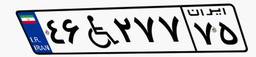
۴۶W۲۷۷۷۵